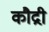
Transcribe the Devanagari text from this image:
कौद्री